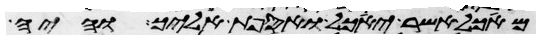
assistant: מאכל אשר יאכל ואספת אליך והיה